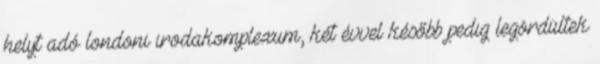
helyt adó londoni irodakomplexum, két évvel később pedig legördültek